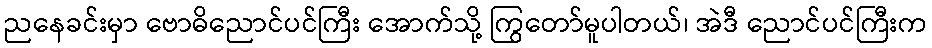
ညနေခင်းမှာ ဗောဓိညောင်ပင်ကြီး အောက်သို့ ကြွတော်မူပါတယ်၊ အဲဒီ ညောင်ပင်ကြီးက